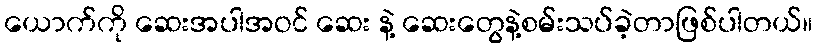
ယောက်ကို ဆေးအပါအဝင် ဆေး နဲ့ ဆေးတွေနဲ့စမ်းသပ်ခဲ့တာဖြစ်ပါတယ်။